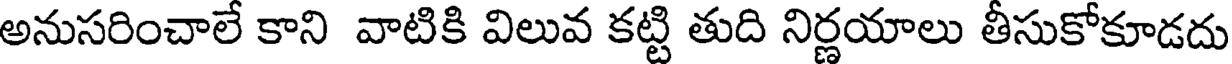
అనుసరించాలే కాని వాటికి విలువ కట్టి తుది నిర్ణయాలు తీసుకోకూడదు